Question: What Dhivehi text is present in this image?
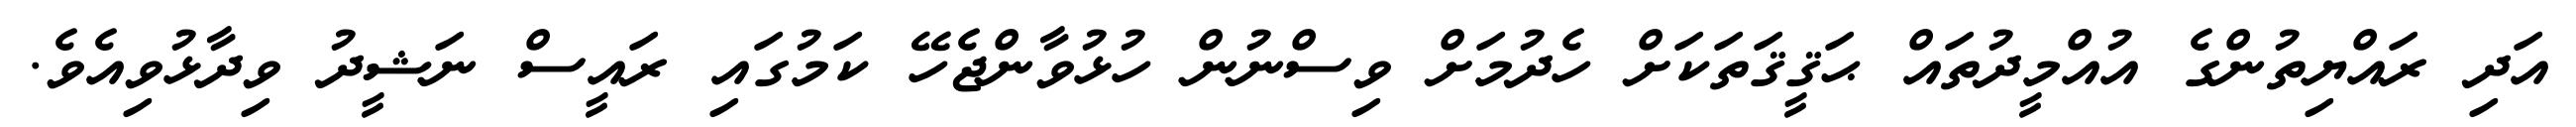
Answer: އަދި ރައްޔިތުންގެ އުއްމީދުތައް ޙަޤީޤަތަކަށް ހެދުމަށް ވިސްނުން ހުޅުވާންޖެހޭ ކަމުގައި ރައީސް ނަޝީދު ވިދާޅުވިއެވެ.